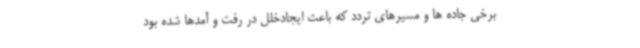
برخی جاده ها و مسیرهای تردد که باعث ایجادخلل در رفت و آمدها شده بود